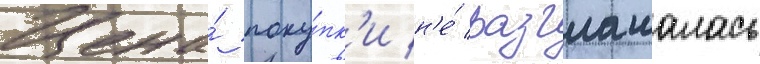
Цена́ поку́пк'и н'е́ разглашалась